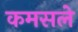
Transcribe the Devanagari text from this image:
कमसले